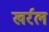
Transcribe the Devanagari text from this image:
खर्रल